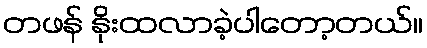
တဖန် နိုးထလာခဲ့ပါတော့တယ်။